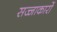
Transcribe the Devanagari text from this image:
सज्जाकारों